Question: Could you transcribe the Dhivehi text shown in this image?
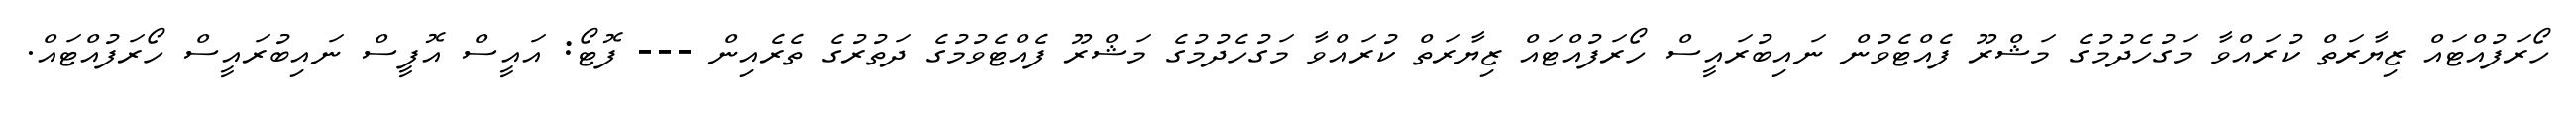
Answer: ހޯރަފުއްޓައް ޒިޔާރަތް ކުރައްވާ މަގުހެދުމުގެ މަޝްރޫ ފެއްޓެވުން ނައިބުރައީސް ހޯރަފުއްޓައް ޒިޔާރަތް ކުރައްވާ މަގުހެދުމުގެ މަޝްރޫ ފެއްޓެވުމުގެ ދަތުރުގެ ތެރެއިން --- ފޮޓޯ: އައީސް އޮފީސް ނައިބުރައީސް ހޯރަފުއްޓައް.